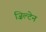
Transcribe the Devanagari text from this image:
ज़िल्टेन